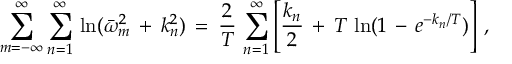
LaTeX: \sum _ { m = - \infty } ^ { \infty } \sum _ { n = 1 } ^ { \infty } \, \ln ( \bar { \omega } _ { m } ^ { 2 } \, + \, k _ { n } ^ { 2 } ) \, = \, \frac { 2 } { T } \, \sum _ { n = 1 } ^ { \infty } \left[ \frac { k _ { n } } { 2 } \, + \, T \, \ln ( 1 \, - \, e ^ { - k _ { n } / T } ) \right] \, { , }